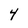
Character: 4